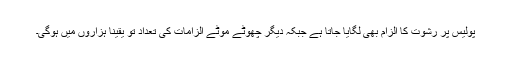
پولیس پر رشوت کا الزام بھی لگایا جاتا ہے جبکہ دیگر چھوٹے موٹے الزامات کی تعداد تو یقیناً ہزاروں میں ہوگی۔